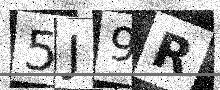
Text: 5J9R